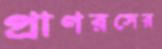
প্রাণরসের